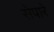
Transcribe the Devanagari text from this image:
सेपारे